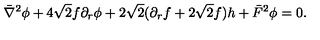
\bar { \nabla } ^ { 2 } \phi + 4 \sqrt 2 f \partial _ { r } \phi + 2 \sqrt 2 ( \partial _ { r } f + 2 \sqrt 2 f ) h + \bar { F } ^ { 2 } \phi = 0 .